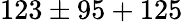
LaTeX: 123\pm 95+125